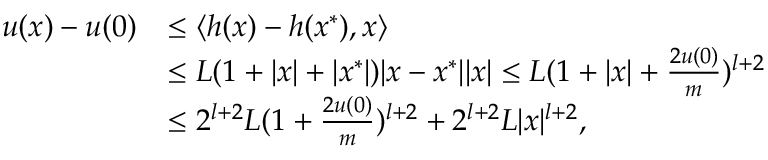
\begin{array} { r l } { u ( x ) - u ( 0 ) } & { \leq \langle h ( x ) - h ( x ^ { * } ) , x \rangle } \\ & { \leq L ( 1 + | x | + | x ^ { * } | ) | x - x ^ { * } | | x | \leq L ( 1 + | x | + \frac { 2 u ( 0 ) } { m } ) ^ { l + 2 } } \\ & { \leq 2 ^ { l + 2 } L ( 1 + \frac { 2 u ( 0 ) } { m } ) ^ { l + 2 } + 2 ^ { l + 2 } L | x | ^ { l + 2 } , } \end{array}